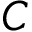
C